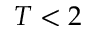
T < 2